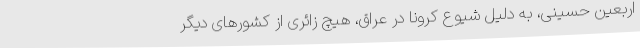
اربعین حسینی، به دلیل شیوع کرونا در عراق، هیچ زائری از کشورهای دیگر